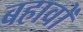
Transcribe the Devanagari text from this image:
बहावों